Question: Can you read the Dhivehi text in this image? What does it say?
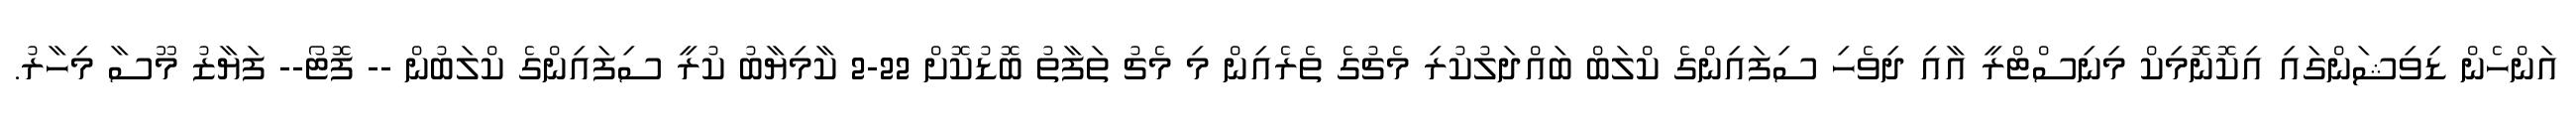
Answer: އަންހެން ޑިވިޝަންގައި އިކޮނޮމިކް މިނިސްޓްރީ އާއި ދިވެހި ސިފައިންގެ ކްލަބް ބައްދަލުކުރި މެޗުގެ ތެރެއިން މި މެޗު ތަފާތު ބޮޑުކޮށް 22-2 ކާމިޔާބު ކުރީ ސިފައިންގެ ކްލަބުން -- ފޮޓޯ-- ފަޔާޒު މޫސާ މިހާރު.